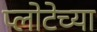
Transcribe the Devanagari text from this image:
प्लोटेच्या